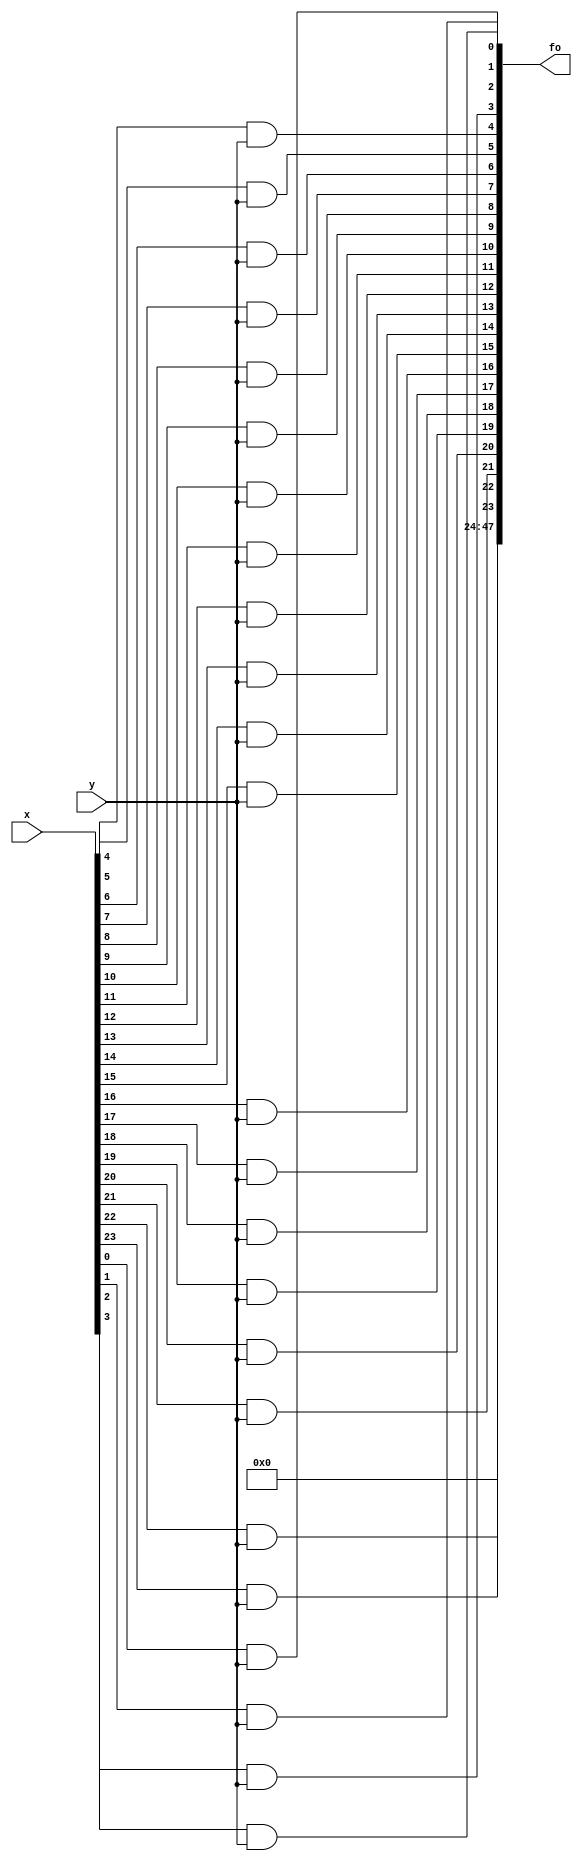
module mulab(x,y,fo);  //Nhan A voi 1 bit trong B
input[23:0] x;
input y;
output[47:0] fo;
wire[23:0] f;
and(f[0],x[0],y);
and(f[1],x[1],y);
and(f[2],x[2],y);
and(f[3],x[3],y);
and(f[4],x[4],y);
and(f[5],x[5],y);
and(f[6],x[6],y);
and(f[7],x[7],y);
and(f[8],x[8],y);
and(f[9],x[9],y);
and(f[10],x[10],y);
and(f[11],x[11],y);
and(f[12],x[12],y);
and(f[13],x[13],y);
and(f[14],x[14],y);
and(f[15],x[15],y);
and(f[16],x[16],y);
and(f[17],x[17],y);
and(f[18],x[18],y);
and(f[19],x[19],y);
and(f[20],x[20],y);
and(f[21],x[21],y);
and(f[22],x[22],y);
and(f[23],x[23],y);
assign fo = {24'b0,f};
endmodule

module Shiftleft48b(a,b,num);   //Dich trai, toi thieu 0 bit, dich toi da 24 bit
input[47:0] a;
input[4:0] num;
output reg[47:0] b;
always @(a or num)
begin
case(num)	
	5'b00000: b={24'b0,a[23:0]};
	5'b00001: b={23'b0,a[23:0],1'b0};
	5'b00010: b={22'b0,a[23:0],2'b0};
	5'b00011: b={21'b0,a[23:0],3'b0};
	5'b00100: b={20'b0,a[23:0],4'b0};
	5'b00101: b={19'b0,a[23:0],5'b0};
	5'b00110: b={18'b0,a[23:0],6'b0};
	5'b00111: b={17'b0,a[23:0],7'b0};
	5'b01000: b={16'b0,a[23:0],8'b0};
	5'b01001: b={15'b0,a[23:0],9'b0};
	5'b01010: b={14'b0,a[23:0],10'b0};
	5'b01011: b={13'b0,a[23:0],11'b0};
	5'b01100: b={12'b0,a[23:0],12'b0};
	5'b01101: b={11'b0,a[23:0],13'b0};
	5'b01110: b={10'b0,a[23:0],14'b0};
	5'b01111: b={9'b0,a[23:0],15'b0};
	5'b10000: b={8'b0,a[23:0],16'b0};
	5'b10001: b={7'b0,a[23:0],17'b0};
	5'b10010: b={6'b0,a[23:0],18'b0};
	5'b10011: b={5'b0,a[23:0],19'b0};
	5'b10100: b={4'b0,a[23:0],20'b0};
	5'b10101: b={3'b0,a[23:0],21'b0};
	5'b10110: b={3'b0,a[23:0],22'b0};
	5'b10111: b={1'b0,a[23:0],23'b0};
	5'b11000: b={a[23:0],24'b0};
	default: b=24'b0;   ///cac th dich 25 den 48 bit thi xem nh bang 0 het vi phep nhan chi can dich toi da 24 bit
endcase
end
endmodule

module fadder(xi, yi, cin, s, cout);
input xi, yi, cin;
output s, cout;
wire m1,m2,m3;
xor(m1,xi,yi);
xor(s,cin,m1);
and(m2,cin,m1);
and(m3,xi,yi);
or(cout,m3,m2);
endmodule

module add8b(a2, b2, ci2, s2, cout2);  // bo cong 8 bit
input[7:0] a2,b2;
input ci2; 
output[7:0] s2;
output cout2;
wire[6:0] w;
fadder fadder1(a2[0], b2[0], ci2, s2[0],w[0]);
fadder fadder2(a2[1], b2[1], w[0], s2[1],w[1]);
fadder fadder3(a2[2], b2[2], w[1], s2[2],w[2]);
fadder fadder4(a2[3], b2[3], w[2], s2[3],w[3]);
fadder fadder5(a2[4], b2[4], w[3], s2[4],w[4]);
fadder fadder6(a2[5], b2[5], w[4], s2[5],w[5]);
fadder fadder7(a2[6], b2[6], w[5], s2[6],w[6]);
fadder fadder8(a2[7], b2[7], w[6], s2[7],cout2);
endmodule

module add48b(X,Y,C,S);  // bo cong 48bit
input[47:0] X,Y;
input C;
output[48:0] S;
wire Co;
wire[5:0] n;
add8b add48b1(X[7:0],Y[7:0],C,S[7:0],n[0]);
add8b add48b2(X[15:8],Y[15:8],n[0],S[15:8],n[1]);
add8b add48b3(X[23:16],Y[23:16],n[1],S[23:16],n[2]);
add8b add48b4(X[31:24],Y[31:24],n[2],S[31:24],n[3]);
add8b add48b5(X[39:32],Y[39:32],n[3],S[39:32],n[4]);
add8b add48b6(X[47:40],Y[47:40],n[4],S[47:40],Co);
assign S[48] = Co;
endmodule

module add49b(X,Y,C,S);  // bo cong 48bit
input[48:0] X,Y;
input C;
output[48:0] S;
wire Co;
wire[5:0] n;
add8b add48b1(X[7:0],Y[7:0],C,S[7:0],n[0]);
add8b add48b2(X[15:8],Y[15:8],n[0],S[15:8],n[1]);
add8b add48b3(X[23:16],Y[23:16],n[1],S[23:16],n[2]);
add8b add48b4(X[31:24],Y[31:24],n[2],S[31:24],n[3]);
add8b add48b5(X[39:32],Y[39:32],n[3],S[39:32],n[4]);
add8b add48b6(X[47:40],Y[47:40],n[4],S[47:40],n[5]);
fadder fadder8(X[48], Y[48], n[5], S[48],Co);
endmodule

module add_mul(A,B,M);
input[23:0] A,B;
output[48:0] M;
wire [47:0] z0,z1,z2,z3,z4,z5,z6,z7,z8,z9,z10,z11,z12,z13,z14,z15,z16,z17,z18,z19,z20,z21,z22,z23,z24;
wire [47:0] t1,t2,t3,t4,t5,t6,t7,t8,t9,t10,t11,t12,t13,t14,t15,t16,t17,t18,t19,t20,t21,t22,t23;
wire [48:0] h1,h2,h3,h4,h5,h6,h7,h8,h9,h10,h11,h12,h13,h14,h15,h16,h17,h18,h19,h20,h21,h22,h23;
mulab mulab0(A,B[0],z0);
mulab mulab1(A,B[1],z1);
mulab mulab2(A,B[2],z2);
mulab mulab3(A,B[3],z3);
mulab mulab4(A,B[4],z4);
mulab mulab5(A,B[5],z5);
mulab mulab6(A,B[6],z6);
mulab mulab7(A,B[7],z7);
mulab mulab8(A,B[8],z8);
mulab mulab9(A,B[9],z9);
mulab mulab10(A,B[10],z10);
mulab mulab11(A,B[11],z11);
mulab mulab12(A,B[12],z12);
mulab mulab13(A,B[13],z13);
mulab mulab14(A,B[14],z14);
mulab mulab15(A,B[15],z15);
mulab mulab16(A,B[16],z16);
mulab mulab17(A,B[17],z17);
mulab mulab18(A,B[18],z18);
mulab mulab19(A,B[19],z19);
mulab mulab20(A,B[20],z20);
mulab mulab21(A,B[21],z21);
mulab mulab22(A,B[22],z22);
mulab mulab23(A,B[23],z23);

Shiftleft48b dich1b(z1,t1,5'b00001);
Shiftleft48b dich2b(z2,t2,5'b00010);
Shiftleft48b dich3b(z3,t3,5'b00011);
Shiftleft48b dich4b(z4,t4,5'b00100);
Shiftleft48b dich5b(z5,t5,5'b00101);
Shiftleft48b dich6b(z6,t6,5'b00110);
Shiftleft48b dich7b(z7,t7,5'b00111);
Shiftleft48b dich8b(z8,t8,5'b01000);
Shiftleft48b dich9b(z9,t9,5'b01001);
Shiftleft48b dich10b(z10,t10,5'b01010);
Shiftleft48b dich11b(z11,t11,5'b01011);
Shiftleft48b dich12b(z12,t12,5'b01100);
Shiftleft48b dich13b(z13,t13,5'b01101);
Shiftleft48b dich14b(z14,t14,5'b01110);
Shiftleft48b dich15b(z15,t15,5'b01111);
Shiftleft48b dich16b(z16,t16,5'b10000);
Shiftleft48b dich17b(z17,t17,5'b10001);
Shiftleft48b dich18b(z18,t18,5'b10010);
Shiftleft48b dich19b(z19,t19,5'b10011);
Shiftleft48b dich20b(z20,t20,5'b10100);
Shiftleft48b dich21b(z21,t21,5'b10101);
Shiftleft48b dich22b(z22,t22,5'b10110);
Shiftleft48b dich23b(z23,t23,5'b10111);

add48b cong48b1(z0,t1,1'b0,h1);
add48b cong48b2(h1[47:0],t2,1'b0,h2);
add48b cong48b3(h2[47:0],t3,1'b0,h3);
add48b cong48b4(h3[47:0],t4,1'b0,h4);
add48b cong48b5(h4[47:0],t5,1'b0,h5);
add48b cong48b6(h5[47:0],t6,1'b0,h6);
add48b cong48b7(h6[47:0],t7,1'b0,h7);
add48b cong48b8(h7[47:0],t8,1'b0,h8);
add48b cong48b9(h8[47:0],t9,1'b0,h9);
add48b cong48b10(h9[47:0],t10,1'b0,h10);
add48b cong48b11(h10[47:0],t11,1'b0,h11);
add48b cong48b12(h11[47:0],t12,1'b0,h12);
add48b cong48b13(h12[47:0],t13,1'b0,h13);
add48b cong48b14(h13[47:0],t14,1'b0,h14);
add48b cong48b15(h14[47:0],t15,1'b0,h15);
add48b cong48b16(h15[47:0],t16,1'b0,h16);
add48b cong48b17(h16[47:0],t17,1'b0,h17);
add48b cong48b18(h17[47:0],t18,1'b0,h18);
add48b cong48b19(h18[47:0],t19,1'b0,h19);
add48b cong48b20(h19[47:0],t20,1'b0,h20);
add48b cong48b21(h20[47:0],t21,1'b0,h21);
add48b cong48b22(h21[47:0],t22,1'b0,h22);
add49b cong48b23(h22[48:0],{1'b0,t23},1'b0,M);
endmodule